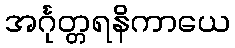
အင်္ဂုတ္တရနိကာယေ